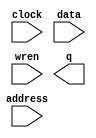
// megafunction wizard: %LPM_RAM_IO%VBB%
// GENERATION: STANDARD
// VERSION: WM1.0
// MODULE: altsyncram 

// ============================================================
// Megafunction Name(s):
// 			altsyncram
// ============================================================
// ************************************************************
// THIS IS A WIZARD-GENERATED FILE. DO NOT EDIT THIS FILE!
//
// 4.1 Build 181 06/29/2004 SJ Full Version
// ************************************************************

//Copyright (C) 1991-2004 Altera Corporation
//Any  megafunction  design,  and related netlist (encrypted  or  decrypted),
//support information,  device programming or simulation file,  and any other
//associated  documentation or information  provided by  Altera  or a partner
//under  Altera's   Megafunction   Partnership   Program  may  be  used  only
//to program  PLD  devices (but not masked  PLD  devices) from  Altera.   Any
//other  use  of such  megafunction  design,  netlist,  support  information,
//device programming or simulation file,  or any other  related documentation
//or information  is prohibited  for  any  other purpose,  including, but not
//limited to  modification,  reverse engineering,  de-compiling, or use  with
//any other  silicon devices,  unless such use is  explicitly  licensed under
//a separate agreement with  Altera  or a megafunction partner.  Title to the
//intellectual property,  including patents,  copyrights,  trademarks,  trade
//secrets,  or maskworks,  embodied in any such megafunction design, netlist,
//support  information,  device programming or simulation file,  or any other
//related documentation or information provided by  Altera  or a megafunction
//partner, remains with Altera, the megafunction partner, or their respective
//licensors. No other licenses, including any licenses needed under any third
//party's intellectual property, are provided herein.

module mem (
	address,
	clock,
	data,
	wren,
	q);

	input	[4:0]  address;
	input	  clock;
	input	[7:0]  data;
	input	  wren;
	output	[7:0]  q;

endmodule

// ============================================================
// CNX file retrieval info
// ============================================================
// Retrieval info: PRIVATE: WidthData NUMERIC "8"
// Retrieval info: PRIVATE: WidthAddr NUMERIC "5"
// Retrieval info: PRIVATE: NUMWORDS_A NUMERIC "32"
// Retrieval info: PRIVATE: INTENDED_DEVICE_FAMILY STRING "Cyclone"
// Retrieval info: PRIVATE: SingleClock NUMERIC "1"
// Retrieval info: PRIVATE: UseDQRAM NUMERIC "1"
// Retrieval info: PRIVATE: RegData NUMERIC "1"
// Retrieval info: PRIVATE: RegAddr NUMERIC "1"
// Retrieval info: PRIVATE: RegOutput NUMERIC "1"
// Retrieval info: PRIVATE: BYTE_ENABLE NUMERIC "0"
// Retrieval info: PRIVATE: BYTE_SIZE NUMERIC "8"
// Retrieval info: PRIVATE: AclrByte NUMERIC "0"
// Retrieval info: PRIVATE: AclrData NUMERIC "0"
// Retrieval info: PRIVATE: WRCONTROL_ACLR_A NUMERIC "0"
// Retrieval info: PRIVATE: AclrAddr NUMERIC "0"
// Retrieval info: PRIVATE: AclrOutput NUMERIC "0"
// Retrieval info: PRIVATE: Clken NUMERIC "0"
// Retrieval info: PRIVATE: CLOCK_ENABLE_INPUT_A NUMERIC "0"
// Retrieval info: PRIVATE: CLOCK_ENABLE_OUTPUT_A NUMERIC "0"
// Retrieval info: PRIVATE: ADDRESSSTALL_A NUMERIC "0"
// Retrieval info: PRIVATE: BlankMemory NUMERIC "1"
// Retrieval info: PRIVATE: MIFfilename STRING ""
// Retrieval info: PRIVATE: UseLCs NUMERIC "0"
// Retrieval info: PRIVATE: RAM_BLOCK_TYPE NUMERIC "0"
// Retrieval info: PRIVATE: MAXIMUM_DEPTH NUMERIC "0"
// Retrieval info: PRIVATE: INIT_FILE_LAYOUT STRING "PORT_A"
// Retrieval info: PRIVATE: JTAG_ENABLED NUMERIC "0"
// Retrieval info: PRIVATE: JTAG_ID STRING "NONE"
// Retrieval info: PRIVATE: DataBusSeparated NUMERIC "1"
// Retrieval info: CONSTANT: INTENDED_DEVICE_FAMILY STRING "Cyclone"
// Retrieval info: CONSTANT: WIDTH_A NUMERIC "8"
// Retrieval info: CONSTANT: WIDTHAD_A NUMERIC "5"
// Retrieval info: CONSTANT: NUMWORDS_A NUMERIC "32"
// Retrieval info: CONSTANT: OPERATION_MODE STRING "SINGLE_PORT"
// Retrieval info: CONSTANT: OUTDATA_REG_A STRING "CLOCK0"
// Retrieval info: CONSTANT: INDATA_ACLR_A STRING "NONE"
// Retrieval info: CONSTANT: WRCONTROL_ACLR_A STRING "NONE"
// Retrieval info: CONSTANT: ADDRESS_ACLR_A STRING "NONE"
// Retrieval info: CONSTANT: OUTDATA_ACLR_A STRING "NONE"
// Retrieval info: CONSTANT: WIDTH_BYTEENA_A NUMERIC "1"
// Retrieval info: CONSTANT: LPM_HINT STRING "ENABLE_RUNTIME_MOD=NO"
// Retrieval info: CONSTANT: LPM_TYPE STRING "altsyncram"
// Retrieval info: USED_PORT: address 0 0 5 0 INPUT NODEFVAL address[4..0]
// Retrieval info: USED_PORT: q 0 0 8 0 OUTPUT NODEFVAL q[7..0]
// Retrieval info: USED_PORT: clock 0 0 0 0 INPUT NODEFVAL clock
// Retrieval info: USED_PORT: data 0 0 8 0 INPUT NODEFVAL data[7..0]
// Retrieval info: USED_PORT: wren 0 0 0 0 INPUT NODEFVAL wren
// Retrieval info: CONNECT: @address_a 0 0 5 0 address 0 0 5 0
// Retrieval info: CONNECT: q 0 0 8 0 @q_a 0 0 8 0
// Retrieval info: CONNECT: @clock0 0 0 0 0 clock 0 0 0 0
// Retrieval info: CONNECT: @data_a 0 0 8 0 data 0 0 8 0
// Retrieval info: CONNECT: @wren_a 0 0 0 0 wren 0 0 0 0
// Retrieval info: LIBRARY: altera_mf altera_mf.altera_mf_components.all
// Retrieval info: GEN_FILE: TYPE_NORMAL mem.v TRUE
// Retrieval info: GEN_FILE: TYPE_NORMAL mem.inc TRUE
// Retrieval info: GEN_FILE: TYPE_NORMAL mem.cmp TRUE
// Retrieval info: GEN_FILE: TYPE_NORMAL mem.bsf TRUE
// Retrieval info: GEN_FILE: TYPE_NORMAL mem_inst.v TRUE
// Retrieval info: GEN_FILE: TYPE_NORMAL mem_bb.v TRUE